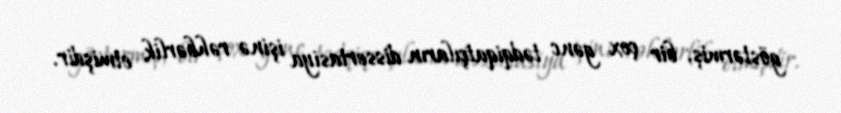
göstərmiş, bir çox gənc tədqiqatçıların dissertasiya işinə rəhbərlik etmişdir.